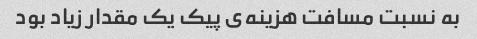
به نسبت مسافت هزینه‌ی پیک یک مقدار زیاد بود